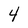
Character: 4